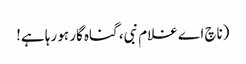
(ناچ اے غلام نبی، گناہ گار ہو رہا ہے!